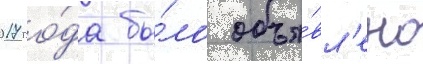
2017 го́да бы́ло объя́вл'ено